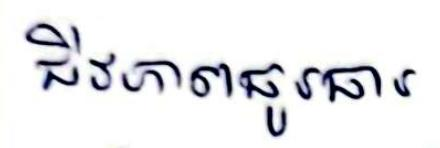
ជីវភាពធូរធារ